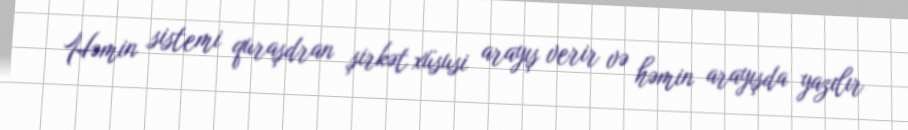
Həmin sistemi quraşdran şirkət xüsusi arayış verir və həmin arayışda yazılır